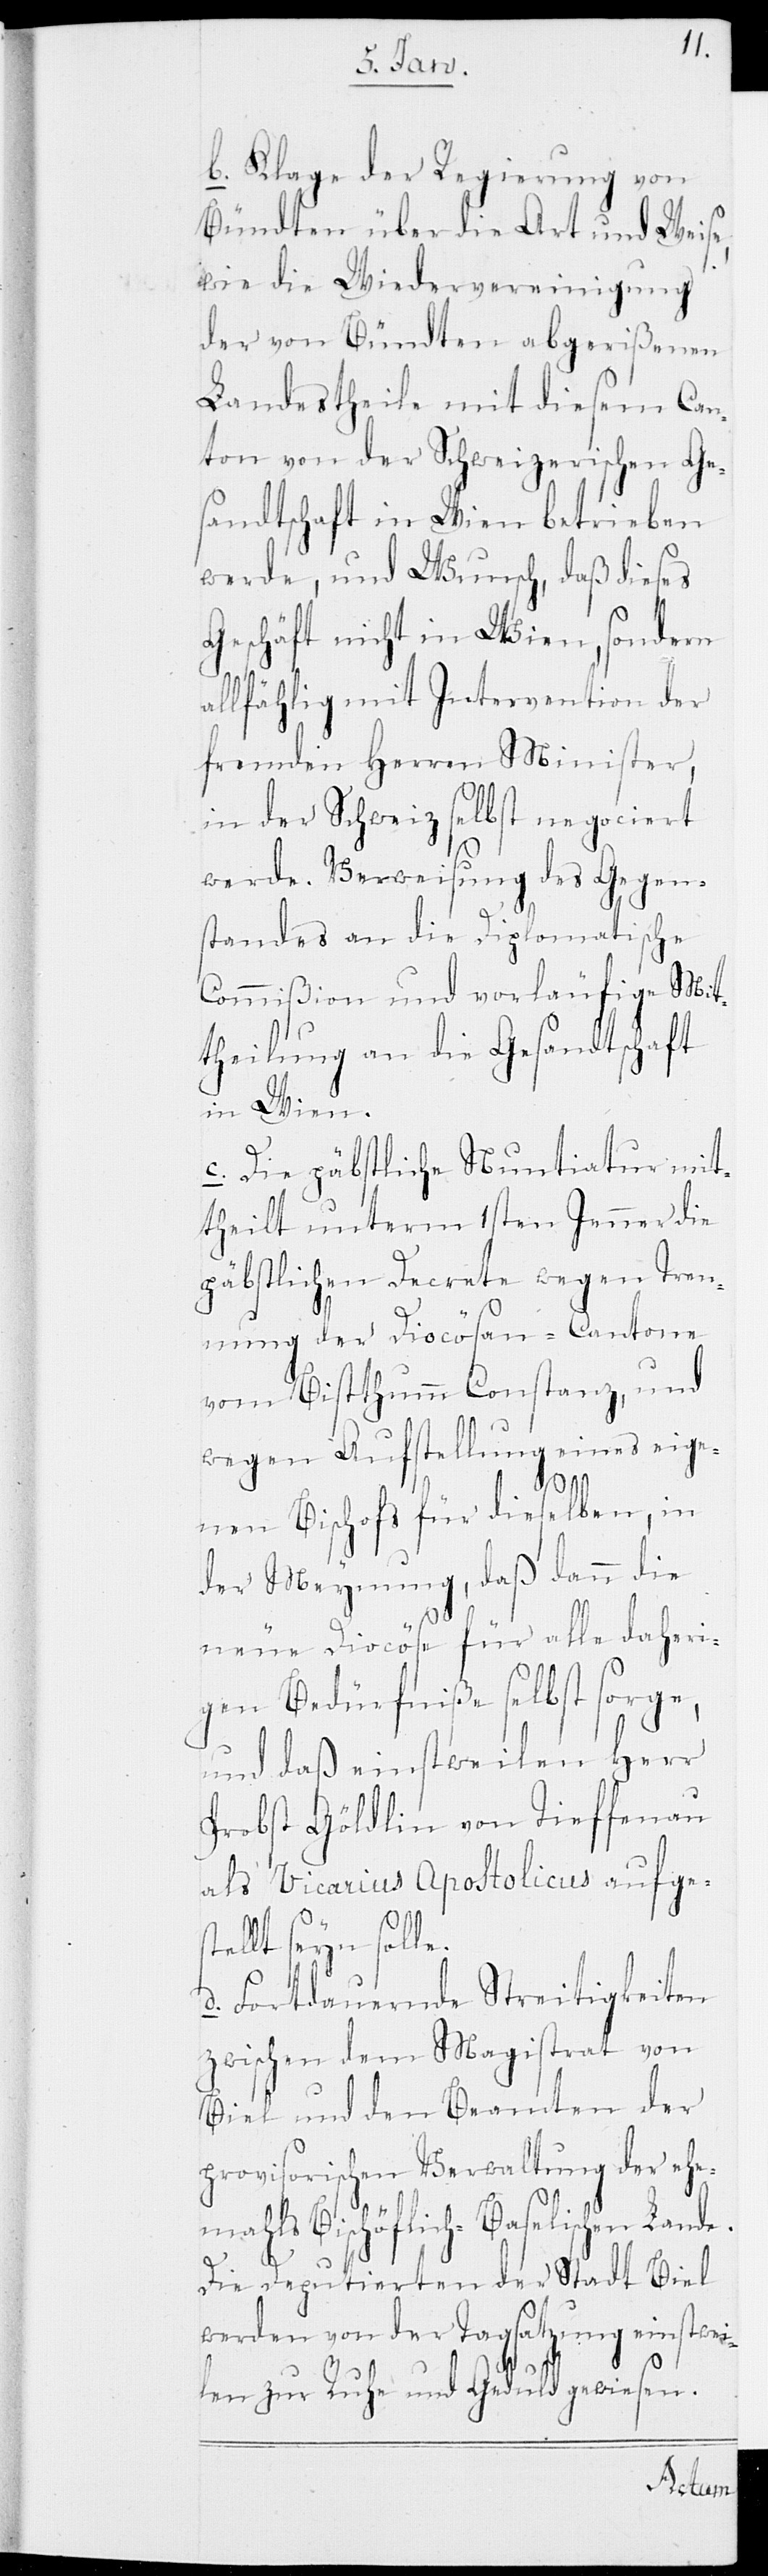
Klage der Regierung von
Bündten über die Art und Weise,
wie die Wiedervereinigung
der von Bündten abgerißenen
Landestheile mit diesem Can¬
ton von der Schweizerischen Ge¬
sandtschaft in Wien betrieben
werde, und Wunsch, daß dieses
Geschäft nicht in Wien, sondern
allfählig mit Intervention der
fremden Herren Minister,
in der Schweiz selbst negociert
werde. Verweisung des Gegen¬
standes an die Diplomatische
Commißion und vorläufige Mit¬
theilung an die Gesandtschaft
in Wien.
c. Die päbstliche Nuntiatur mit¬
theilt unterm 1sten Jenner die
päbstlichen Decrete wegen Tren¬
nung der Diocösan-Cantone
vom Bisthumm Constanz, und
wegen Aufstellung eines eige¬
nen Bischofs für dieselben, in
der Meynung, daß dann die
neue Diocöse für alle daheri¬
gen Bedürfniße selbst sorge,
und daß einstweilen Herr
Probst Göldlin von Tieffenau
als Vicarius Apostolicus aufges¬
tellt seyn solle.
d. Fortdauernde Streitigkeiten
zwischen dem Magistrat von
Biel und den Beamten der
provisorischen Verwaltung der ehe¬
mahls Bischöflich-Baselischen Lande.
Die Deputierten der Stadt Biel
werden von der Tagsatzung einstwei¬
len zur Ruhe und Geduld gewiesen.